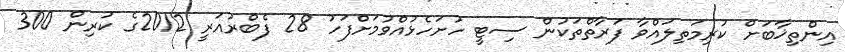
އިންތިޚާބަށް ކުރިމަތިލައްވާ ފަރާތްތަކުން ސިޓީ ހުށަހެޅުއްވުމަށްފަހު 28 ފެބްރުއަރީ 2012ގެ ކުރިން 300